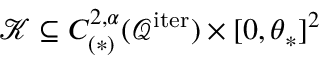
\mathcal { K } \subseteq C _ { ( \ast ) } ^ { 2 , \alpha } ( \mathcal { Q } ^ { \mathrm { i t e r } } ) \times [ 0 , \theta _ { \ast } ] ^ { 2 }